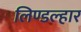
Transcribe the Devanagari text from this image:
लिण्डल्हार